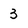
Character: 3